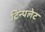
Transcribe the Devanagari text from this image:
टिन्पलेट